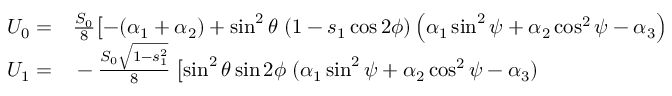
\begin{array} { r l } { U _ { 0 } = } & { { } \frac { S _ { 0 } } { 8 } \bigl [ - ( \alpha _ { 1 } + \alpha _ { 2 } ) + \sin ^ { 2 } { \theta } \; ( 1 - s _ { 1 } \cos { 2 \phi } ) \left( \alpha _ { 1 } \sin ^ { 2 } { \psi } + \alpha _ { 2 } \cos ^ { 2 } { \psi } - \alpha _ { 3 } \right) } \\ { U _ { 1 } = } & { { } - \frac { S _ { 0 } \sqrt { 1 - s _ { 1 } ^ { 2 } } } { 8 } \; \bigl [ \sin ^ { 2 } { \theta } \sin { 2 \phi } \; ( \alpha _ { 1 } \sin ^ { 2 } { \psi } + \alpha _ { 2 } \cos ^ { 2 } { \psi } - \alpha _ { 3 } ) } \end{array}